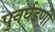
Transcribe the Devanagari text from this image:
पुनर्घडणी